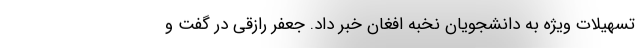
تسهیلات ویژه به دانشجویان نخبه افغان خبر داد. جعفر رازقی در گفت و